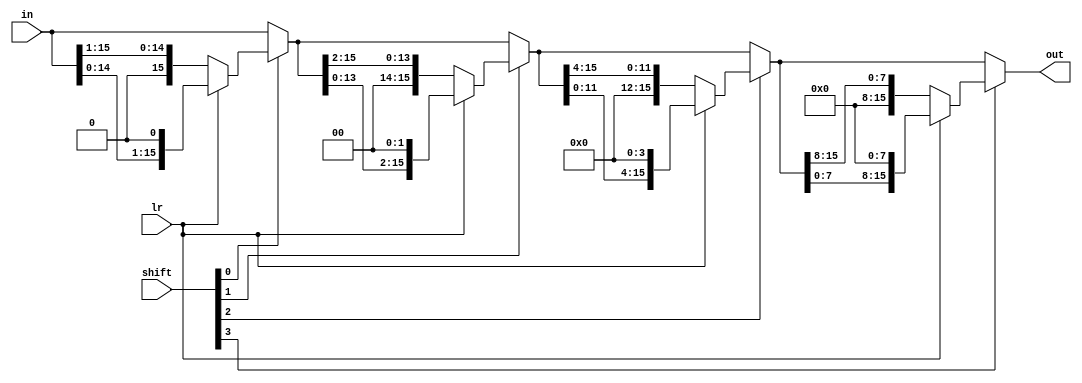
module Shifter16_LR(out, shift, lr, in);
	input [3:0] shift; // shift bit   (4bit: 1~16bit shift)
	input lr; // left  right shift   (1: left, 0: right)
	input [15:0] in; // 16bit 
	output [15:0] out; // 16bit shift 
	
	wire [15:0] ta; // 1bit shift 
	wire [15:0] tb; // 2bit shift 
	wire [15:0] tc; // 4bit shift 
	wire [15:0] td; // 8bit shitf 

	// left or right shift
	assign ta = shift[0] ? (lr ? {in[14:0], 1'b0} : {1'b0, in[15:1]}) : in; // <<1, >>1
	assign tb = shift[1] ? (lr ? {ta[13:0], 2'b0} : {2'b0, ta[15:2]}) : ta; // <<2, >>2
	assign tc = shift[2] ? (lr ? {tb[11:0], 4'b0} : {4'b0, tb[15:4]}) : tb; // <<4, >>4
	assign td = shift[3] ? (lr ? {tc[7:0], 8'b0} : {8'b0, tc[15:8]}) : tc; // <<8, >>8
	assign out = td;
endmodule